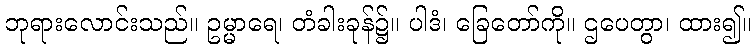
ဘုရားလောင်းသည်။ ဥမ္မာရေ၊ တံခါးခုန်၌။ ပါဒံ၊ ခြေတော်ကို။ ဌပေတွာ၊ ထား၍။